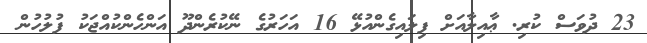
23 ދުވަސް ކުރި. ޢާއިލާއަށް ފިލައިގެންއުޅޭ 16 އަހަރުގެ ނޭކުރެންދޫ އަންހެންކުއްޖަކު ފުލުހުން